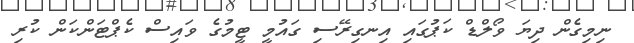
ނިމިގެން ދިޔަ ވޯލްޑް ކަޕުގައި އިނގިރޭސި ގައުމީ ޓީމުގެ ވައިސް ކެޕްޓަންކަން ކުރި